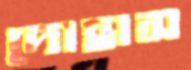
দোহাস